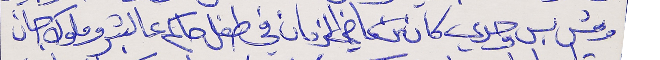
ومش بس وحدي كان من ماضي الزمان      في طفل حاكم عالبشر وملوك جان